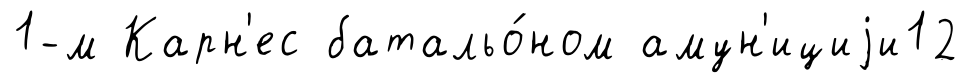
1-м Карн'ес батальо́ном амун'ициjи12